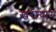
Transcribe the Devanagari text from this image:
खरीयार